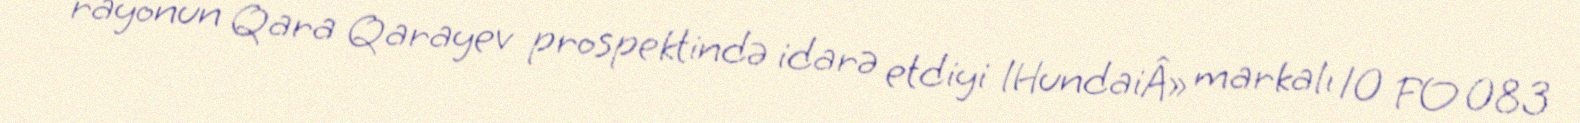
rayonun Qara Qarayev prospektində idarə etdiyi lHundaiÂ» markalı 10 FO 083